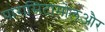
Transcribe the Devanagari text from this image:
पारासिटामोलऔर